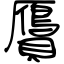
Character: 贗